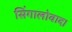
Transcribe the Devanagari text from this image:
सिंगालोवाद।